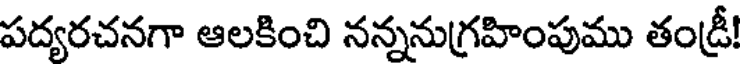
పద్యరచనగా ఆలకించి నన్ననుగ్రహింపుము తండ్రీ!